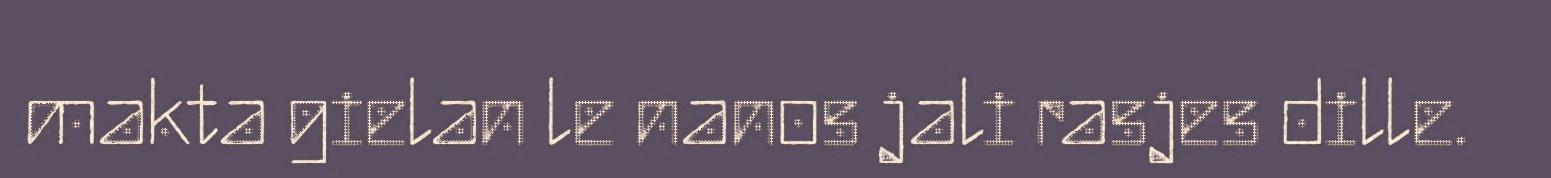
makta gielan le nanos jali rasjes dille.